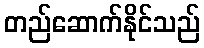
တည်ဆောက်နိုင်သည်